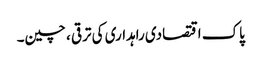
پاک اقتصادی راہداری کی ترقی ، چین۔